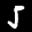
Label: 5